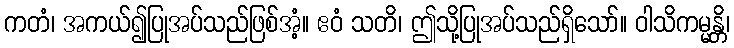
ကတံ၊ အကယ်၍ပြုအပ်သည်ဖြစ်အံ့။ ဧဝံ သတိ၊ ဤသို့ပြုအပ်သည်ရှိသော်။ ဝါသိကမ္မန္တိ၊